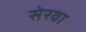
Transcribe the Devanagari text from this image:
सेरवा